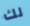
لك